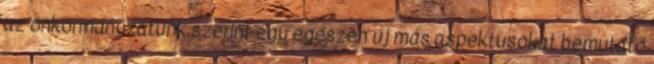
az önkormányzatunk szerint egy egészen új más aspektusokat bemutató